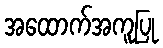
အထောက်အကူပြု